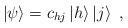
LaTeX: \begin{align*}\left|\psi\right>=c_{hj}\left|h\right>\left|j\right>\;,\end{align*}